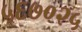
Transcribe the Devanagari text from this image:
५६७०२५